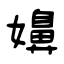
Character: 嬶